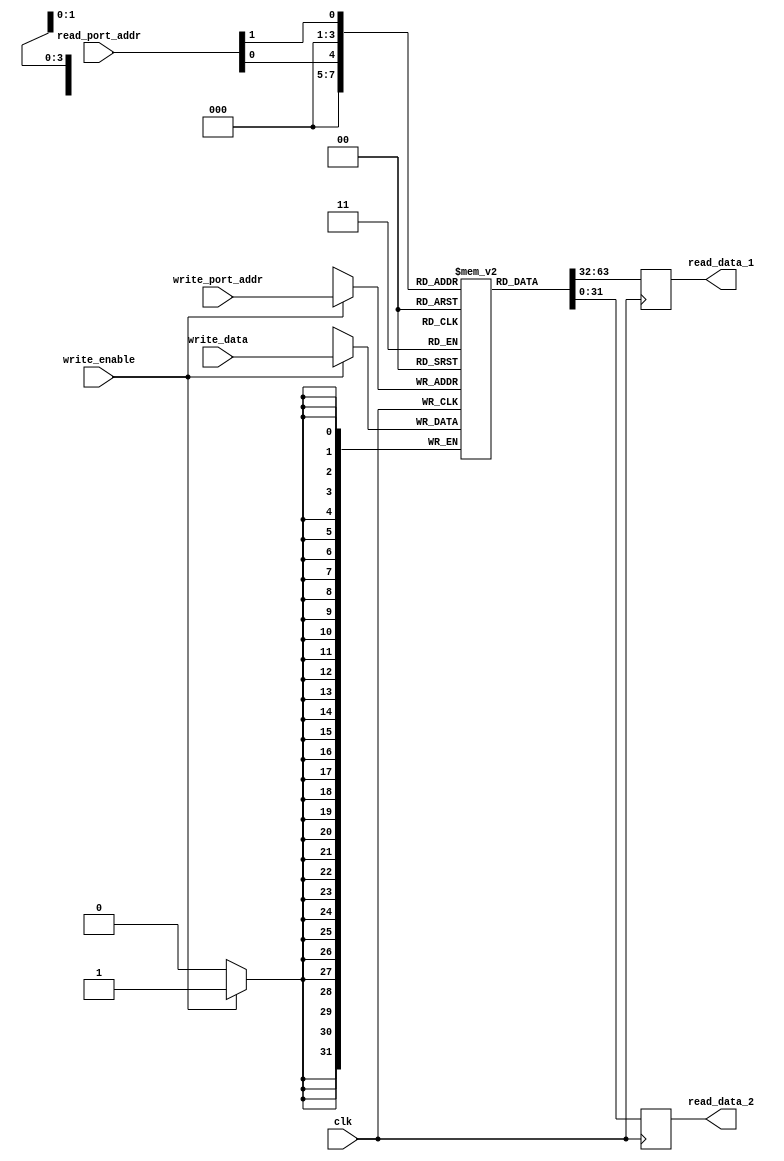
module register_file (
    input wire clk,
    input wire [3:0] read_port_addr,
    input wire [3:0] write_port_addr,
    input wire write_enable,
    input wire [31:0] write_data,
    output reg [31:0] read_data_1,
    output reg [31:0] read_data_2
);

reg [31:0] memory [15:0];

always @ (posedge clk) begin
    if (write_enable) begin
        memory[write_port_addr] <= write_data;
    end
    read_data_1 <= memory[read_port_addr[0]];
    read_data_2 <= memory[read_port_addr[1]];
end

endmodule